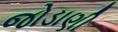
જોડાણી